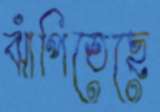
ঝাঁপিতেছে